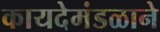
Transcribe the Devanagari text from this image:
कायदेमंडळाने